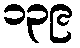
၁၃၉